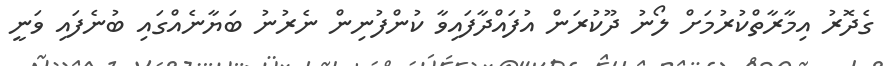
ގެދޮރު އިމާރާތްކުރުމަށް ލޯނު ދޫކުރަން އުފައްދާފައިވާ ކުންފުނިން ނެރުނު ބަޔާނެއްގައި ބުނެފައި ވަނީ